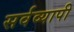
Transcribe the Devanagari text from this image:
सर्वव्‍यापी